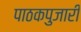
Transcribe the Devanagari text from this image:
पाठकपुजारी